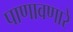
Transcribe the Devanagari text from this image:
पाणावणारे